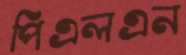
পিএলএন